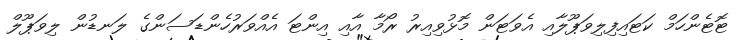
ޓޮޓެންހަމްް ކަޓައިިފިލިވަޕޫލާއި އެވަޓަން މޮޅުވިއިރު ރޯމާ އާއި އިންޓަ އެއްވަރުހެންޑަސަންގެ ލަނޑުން ލިވަޕޫލް